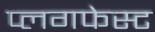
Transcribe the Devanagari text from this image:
प्लगफेस्ट